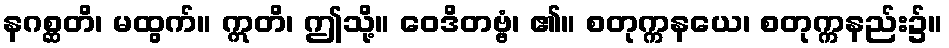
နဂစ္ဆတိ၊ မထွက်။ ဣတိ၊ ဤသို့။ ဝေဒိတဗ္ဗံ၊ ၏။ စတုက္ကနယေ၊ စတုက္ကနည်း၌။